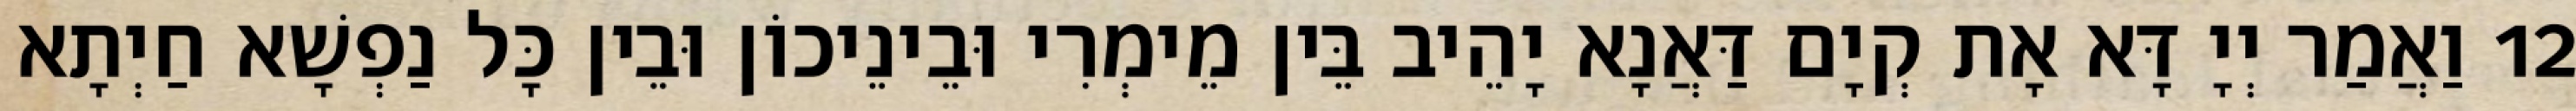
12 וַאֲמַר יְיָ דָּא אָת קְיָם דַּאֲנָא יָהֵיב בֵּין מֵימְרִי וּבֵינֵיכוֹן וּבֵין כָּל נַפְשָׁא חַיְתָא